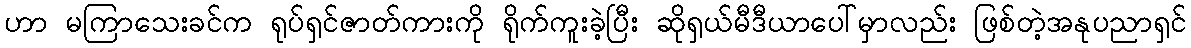
ဟာ မကြာသေးခင်က ရုပ်ရှင်ဇာတ်ကားကို ရိုက်ကူးခဲ့ပြီး ဆိုရှယ်မီဒီယာပေါ်မှာလည်း ဖြစ်တဲ့အနုပညာရှင်